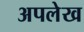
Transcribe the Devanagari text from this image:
अपलेख